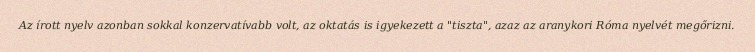
Az írott nyelv azonban sokkal konzervatívabb volt, az oktatás is igyekezett a "tiszta", azaz az aranykori Róma nyelvét megőrizni.